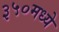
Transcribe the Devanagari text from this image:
३५०मध्ये